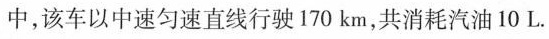
中，该车以中速匀速直线行驶170km，共消耗汽油10L。